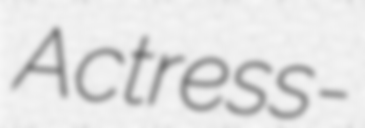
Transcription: Actress -